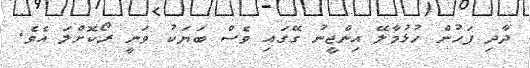
ދާދި ފަހުން ހުޅުމާލޭ އިންޖީނު ގޭގައި ވެސް ބަޔަކު ވަނީ ރޯކޮށްލަ އެވެ.